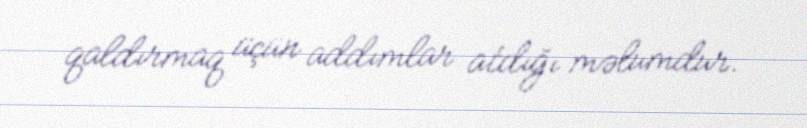
qaldırmaq üçün addımlar atdığı məlumdur.